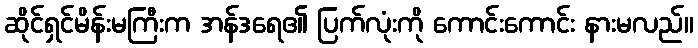
ဆိုင်ရှင်မိန်းမကြီးက အန်ဒရေ၏ ပြက်လုံးကို ကောင်းကောင်း နားမလည်။